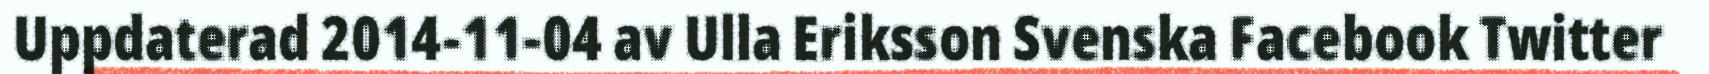
Uppdaterad 2014-11-04 av Ulla Eriksson Svenska Facebook Twitter